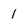
Character: 1